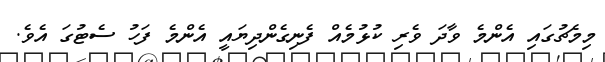
މިމެޗުގައި އެންމެ ވާދަ ވެރި ކުޅުމެއް ފެނިގެންދިޔައީ އެންމެ ފަހު ސެޓުގަ އެވެ.